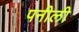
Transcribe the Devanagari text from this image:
पनीली